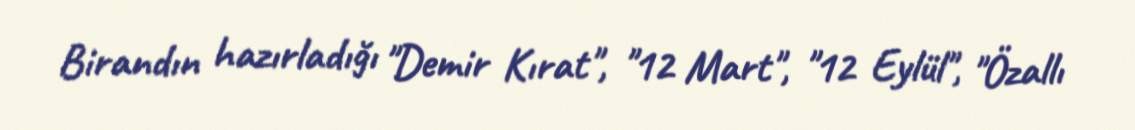
Birandın hazırladığı "Demir Kırat", "12 Mart", "12 Eylül", "Özallı